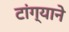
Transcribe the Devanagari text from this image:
टांग्याने